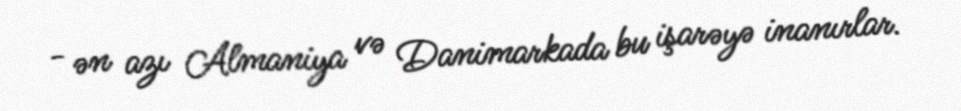
- ən azı Almaniya və Danimarkada bu işarəyə inanırlar.